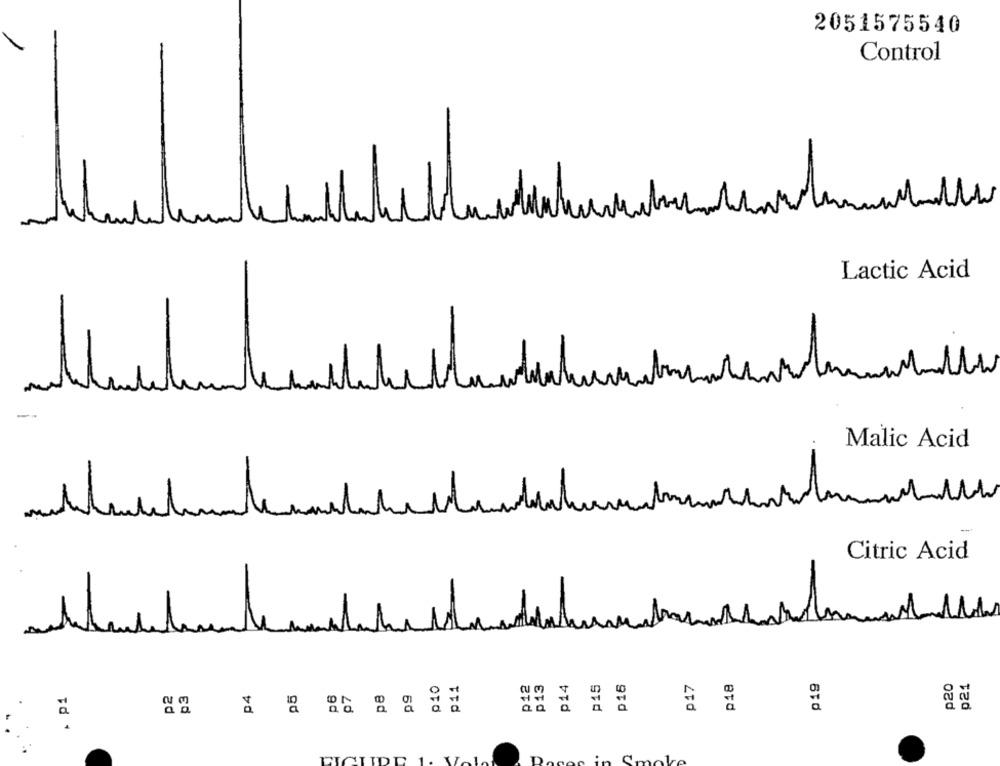
2051575540
Control
M
Lactic Acid
Malic Acid
Citric Acid
P16
p19
p20
p21
010
P11
p12
p13
P14
P15
p17
p18
. P1
03
04
pe
pg
97
1
'make